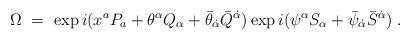
LaTeX: \begin{align*}\Omega\ =\ \exp i(x^aP_a +\theta^\alpha Q_\alpha +\bar\theta_{\dot\alpha}\bar Q^{\dot\alpha})\exp i(\psi^\alpha S_\alpha +\bar\psi_{\dot\alpha}\bar S^{\dot\alpha})\ .\end{align*}